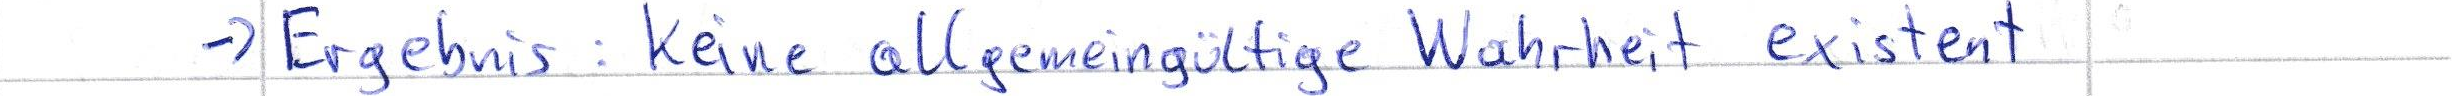
-> Ergebnis: Keine allgemeingültige Wahrheit existent